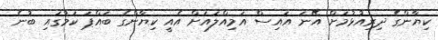
ކިޔާންގެ ދިރިއުޅުމަށް އޭނަ އައިސް އަމިއްލައަށް އެއީ ކިޔާންގެ ބައްޕަ ކަމުގައި ބުނެ